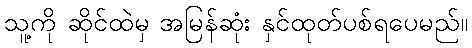
သူ့ကို ဆိုင်ထဲမှ အမြန်ဆုံး နှင်ထုတ်ပစ်ရပေမည်။